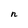
Character: n